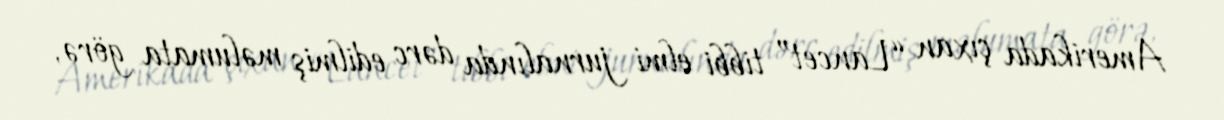
Amerikada çıxan “Lancet” tibbi elmi jurnalında dərc edilmiş məlumata görə,